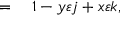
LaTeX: \begin{array} { r l } { = { } } & { { } 1 - y \varepsilon j + x \varepsilon k , } \end{array}